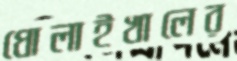
ধোলাইখালের